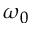
\omega _ { 0 }